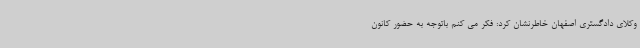
وکلای دادگستری اصفهان خاطرنشان کرد: فکر می کنم باتوجه به حضور کانون